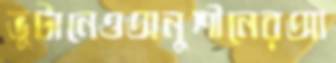
ভুটানেওঅনুশীনেরআ